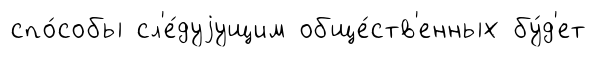
спо́собы сл'е́дуjущим обще́ств'енных бу́д'ет